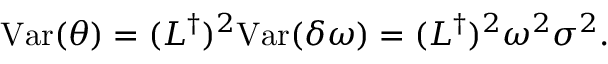
\mathrm { V a r } ( \theta ) = ( L ^ { \dagger } ) ^ { 2 } \mathrm { V a r } ( \delta \omega ) = ( L ^ { \dagger } ) ^ { 2 } \omega ^ { 2 } \sigma ^ { 2 } .